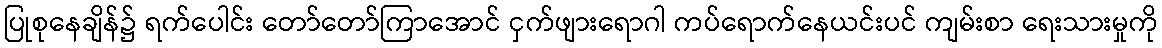
ပြုစုနေချိန်၌ ရက်ပေါင်း တော်တော်ကြာအောင် ငှက်ဖျားရောဂါ ကပ်ရောက်နေယင်းပင် ကျမ်းစာ ရေးသားမှုကို